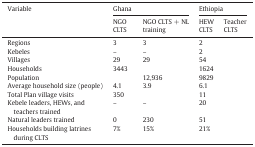
<table><thead><tr><td rowspan="2"><b>Variable</b></td><td colspan="2"><b>Ghana</b></td><td colspan="2"><b>Ethiopia</b></td></tr><tr><td><b>NGO CLTS</b></td><td><b>NGO CLTS + NL training</b></td><td><b>HEW CLTS</b></td><td><b>Teacher CLTS</b></td></tr></thead><tbody><tr><td>Regions</td><td>3</td><td>3</td><td>2</td><td>[EMPTY_CELL]</td></tr><tr><td>Kebeles</td><td>–</td><td>–</td><td>2</td><td>[EMPTY_CELL]</td></tr><tr><td>Villages</td><td>29</td><td>29</td><td>54</td><td>[EMPTY_CELL]</td></tr><tr><td>Households</td><td>3443</td><td>[EMPTY_CELL]</td><td>1624</td><td>[EMPTY_CELL]</td></tr><tr><td>Population</td><td>[EMPTY_CELL]</td><td>12,936</td><td>9829</td><td>[EMPTY_CELL]</td></tr><tr><td>Average household size (people)</td><td>4.1</td><td>3.9</td><td>6.1</td><td>[EMPTY_CELL]</td></tr><tr><td>Total Plan village visits</td><td>350</td><td>[EMPTY_CELL]</td><td>11</td><td>[EMPTY_CELL]</td></tr><tr><td>Kebele leaders, HEWs, and teachers trained</td><td>–</td><td>–</td><td>20</td><td>[EMPTY_CELL]</td></tr><tr><td>Natural leaders trained</td><td>0</td><td>230</td><td>51</td><td>[EMPTY_CELL]</td></tr><tr><td>Households building latrines during CLTS</td><td>7%</td><td>15%</td><td>21%</td><td>[EMPTY_CELL]</td></tr></tbody></table>